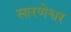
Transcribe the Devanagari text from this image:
सारणेश्वर